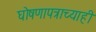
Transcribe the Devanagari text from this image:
घोषणापत्राच्याही